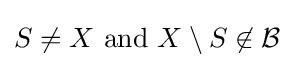
S\neq X{\text{ and }}X\setminus S\not \in {\mathcal {B}}